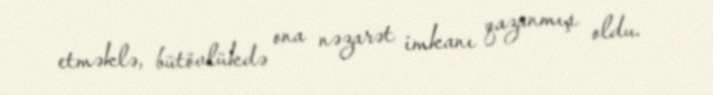
etməklə, bütövlükdə ona nəzarət imkanı qazanmış oldu.